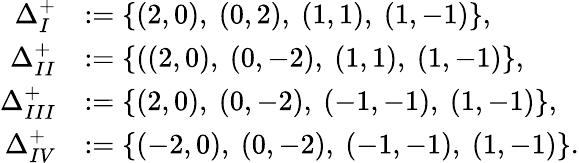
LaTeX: \begin{array}{rl}{\Delta_{I}^{+}}&{:=\{ (2,0),~(0,2),~(1,1),~(1,-1)\} ,}\\ {\Delta_{II}^{+}}&{:=\{ ((2,0),~(0,-2),~(1,1),~(1,-1)\} ,}\\ {\Delta_{III}^{+}}&{:=\{ (2,0),~(0,-2),~(-1,-1),~(1,-1)\} ,}\\ {\Delta_{IV}^{+}}&{:=\{ (-2,0),~(0,-2),~(-1,-1),~(1,-1)\} .}\end{array}